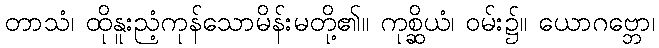
တာသံ၊ ထိုနူးညံ့ကုန်သောမိန်းမတို့၏။ ကုစ္ဆိယံ၊ ဝမ်း၌။ ယောဂဗ္ဘော၊